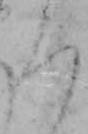
ろ